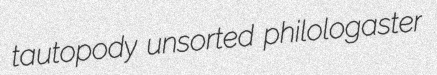
tautopody unsorted philologaster